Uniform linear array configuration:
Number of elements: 48
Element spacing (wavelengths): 0.5
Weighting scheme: binomial
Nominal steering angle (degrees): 45
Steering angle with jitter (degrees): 45.156
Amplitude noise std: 0.05
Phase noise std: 0.05

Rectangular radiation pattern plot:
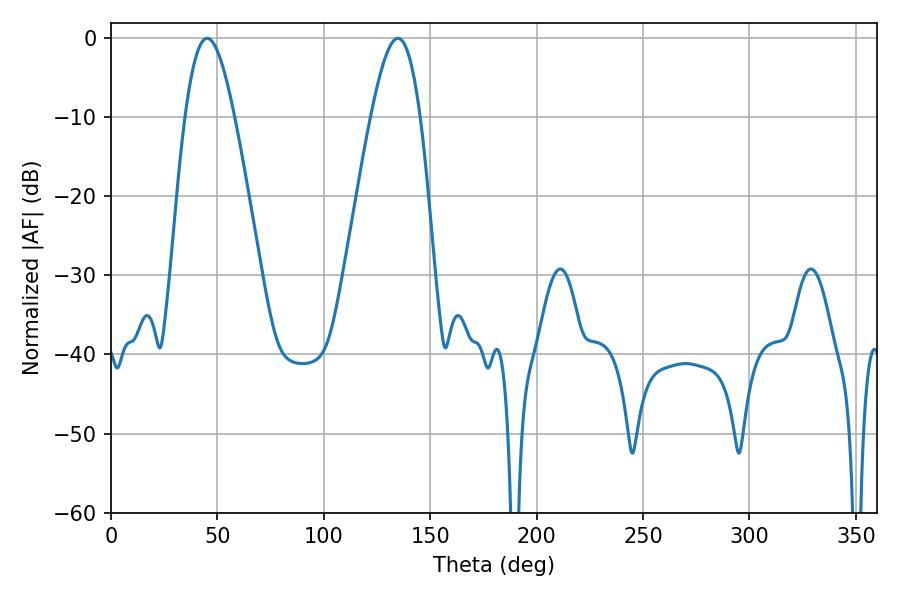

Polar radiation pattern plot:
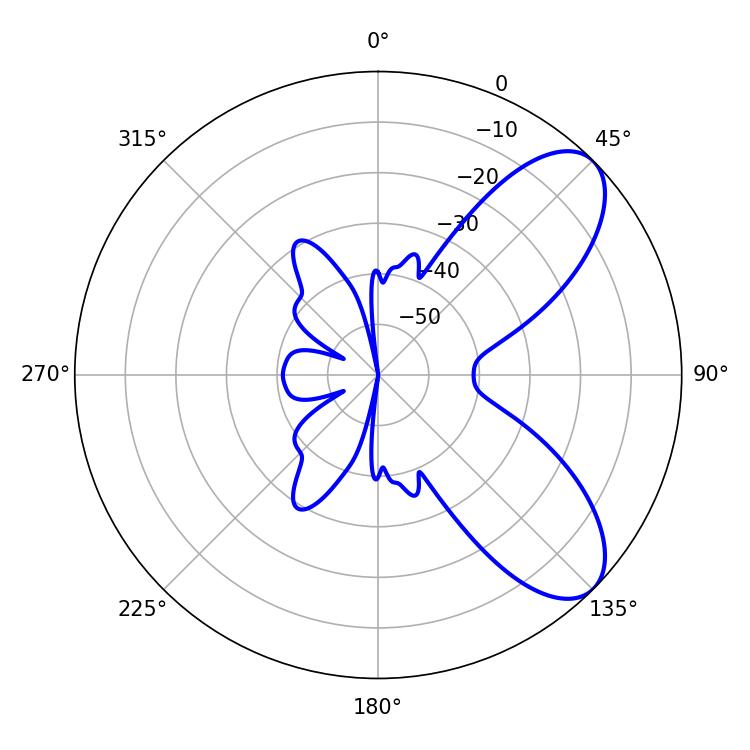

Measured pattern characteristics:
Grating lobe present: FALSE
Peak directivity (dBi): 7.708
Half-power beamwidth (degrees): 12.6
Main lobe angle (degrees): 45.18